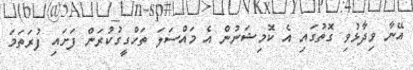
އޭނާ ވިދާޅުވި ގޮތުގައި އެ ކޮމިޝަނުން އެ މައްސަލަ ތަހްގީގުކުރަން ފަށައި ފުރަތަމަ